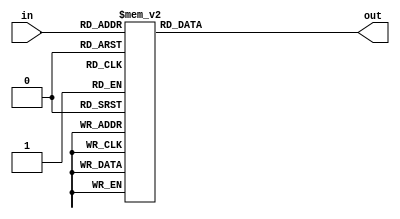
`timescale 1ns / 1ps
//////////////////////////////////////////////////////////////////////////////////
// Company: 
// Engineer: 
// 
// Design Name: 
// Module Name: h2a
// Project Name: 
// Target Devices: 
// Tool Versions: 
// Description: 
// 
// Dependencies: 
// 
// Revision:
// Revision 0.01 - File Created
// Additional Comments:
// 
//////////////////////////////////////////////////////////////////////////////////

module h2a(
  input [3:0] in,
  output reg [7:0] out
);
  always @(*) begin
    case(in)
      4'h0: out = 8'h30;
      4'h1: out = 8'h31;
      4'h2: out = 8'h32;
      4'h3: out = 8'h33;
      4'h4: out = 8'h34;
      4'h5: out = 8'h35;
      4'h6: out = 8'h36;
      4'h7: out = 8'h37;
      4'h8: out = 8'h38;
      4'h9: out = 8'h39;
      4'hA: out = 8'h41;
      4'hB: out = 8'h42;
      4'hC: out = 8'h43;
      4'hD: out = 8'h44;
      4'hE: out = 8'h45;
      4'hF: out = 8'h46;
      default: out = 8'h0;
    endcase
  end
endmodule